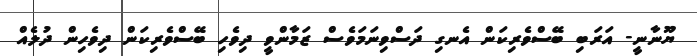
ޔޫނާނީ- އަރަބި ބޭސްވެރިކަން އެނގި ދަސްވިނަމަވެސް ޒަމާންވީ ދިވެހި ބޭސްވެރިކަން ދިވެހިން ދުލެއް